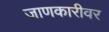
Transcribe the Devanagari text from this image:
जाणकारीवर